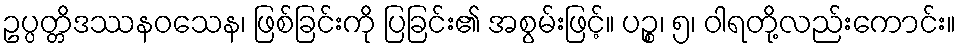
ဥပ္ပတ္တိဒဿနဝသေန၊ ဖြစ်ခြင်းကို ပြခြင်း၏ အစွမ်းဖြင့်။ ပဉ္စ၊ ၅၊ ဝါရတို့လည်းကောင်း။